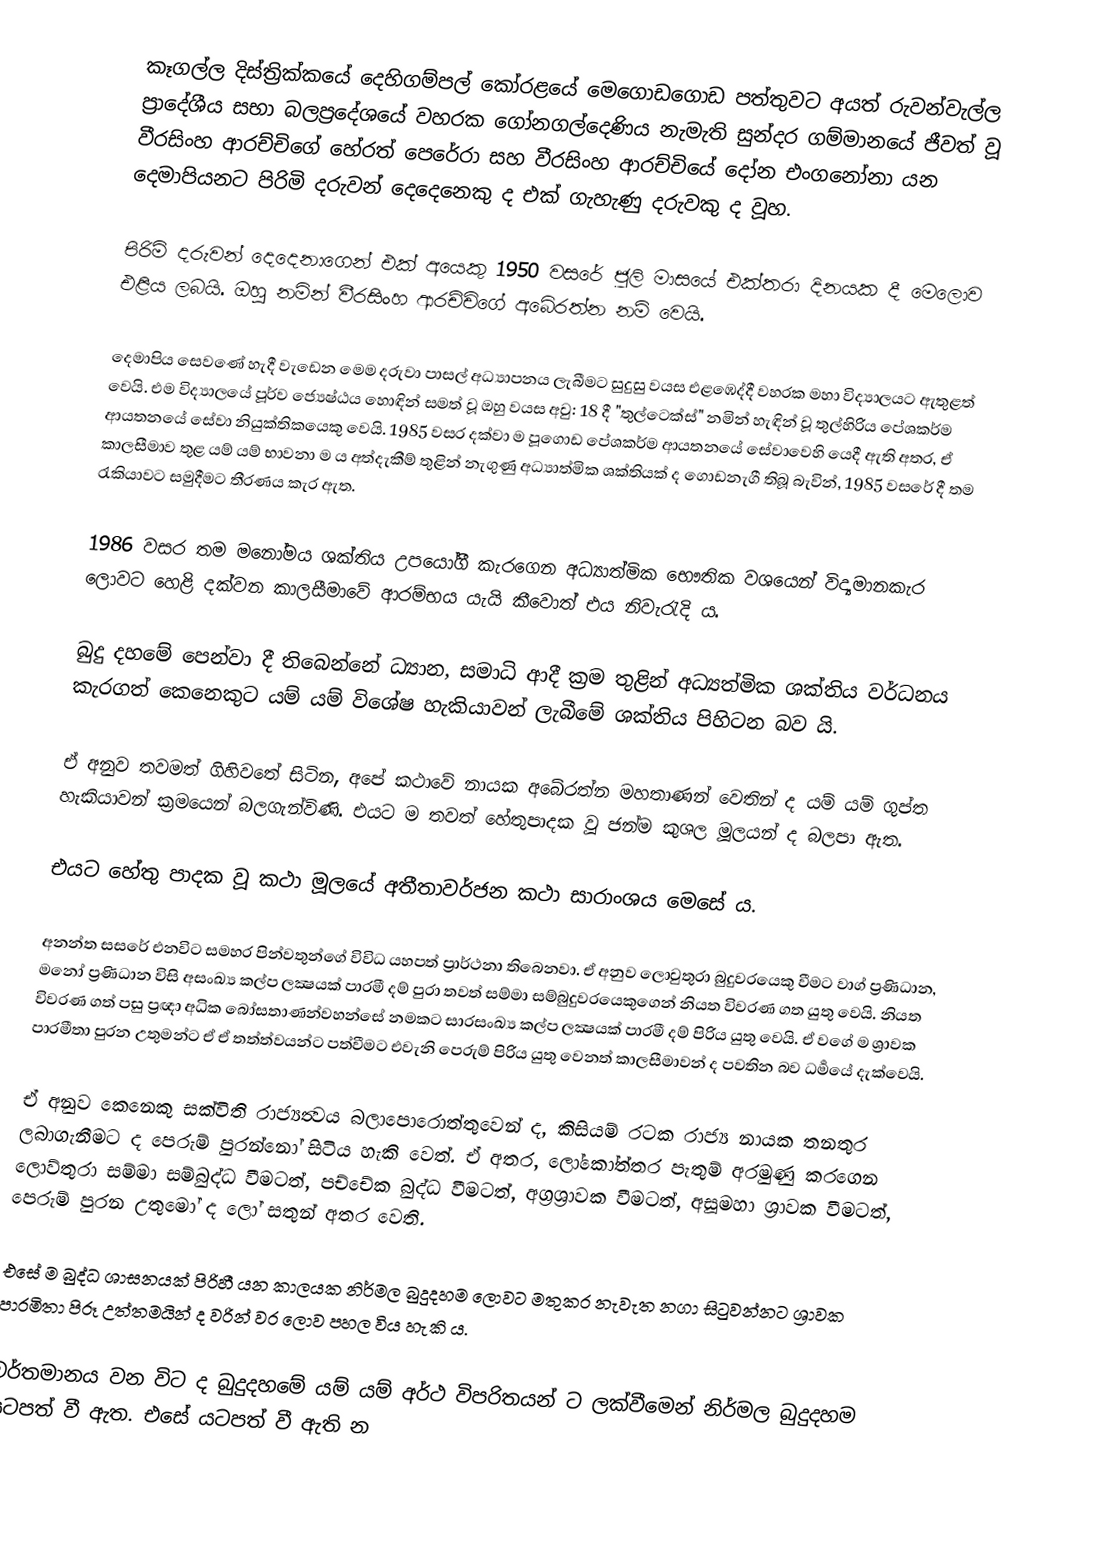
කෑගල්ල දිස්ත්‍රික්කයේ දෙහිගම්පල් කෝරළයේ මෙගොඩගොඩ පත්තුවට අයත් රුවන්වැල්ල ප්‍රාදේශීය සභා බලප්‍රදේශයේ වහරක ගෝනගල්දෙණිය නැමැති සුන්දර ගම්මානයේ ජීවත් වූ වීරසිංහ ආරච්චිගේ හේරත් පෙරේරා සහ වීරසිංහ ආරච්චියේ දෝන එංගනෝනා යන දෙමාපියනට පිරිමි දරුවන් දෙදෙනෙකු ද එක් ගැහැණු දරුවකු ද වූහ.

පිරිමි දරුවන් දෙදෙනාගෙන් එක් අයෙකු 1950 වසරේ ජූලි මාසයේ එක්තරා දිනයක දී මෙලොව එළිය ලබයි. ඔහු නමින් වීරසිංහ ආරච්චිගේ අබේරත්න නම් වෙයි.

දෙමාපිය සෙවණේ හැදී වැඩෙන මෙම දරුවා පාසල් අධ්‍යාපනය ලැබීමට සුදුසු වයස එළඹෙද්දී වහරක මහා විද්‍යාලයට ඇතුළත් වෙයි. එම විද්‍යාලයේ පූර්ව ජ්‍යෙෂ්ඨය හොඳින් සමත් වූ ඔහු වයස අවු: 18 දී "තුල්ටෙක්ස්" නමින් හැඳින් වූ තුල්හිරිය පේශකර්ම ආයතනයේ සේවා නියුක්තිකයෙකු වෙයි. 1985 වසර දක්වා ම පූගොඩ පේශකර්ම ආයතනයේ සේවාවෙහි යෙදී ඇති අතර, ඒ කාලසීමාව තුළ යම් යම් භාවනා ම ය අත්දැකීම් තුළින් නැගුණු අධ්‍යාත්මික ශක්තියක් ද ගොඩනැගී තිබූ බැවින්, 1985 වසරේ දී තම රැකියාවට සමුදීමට තීරණය කැර ඇත.

1986 වසර තම මනෝමය ශක්තිය උපයෝගී කැරගෙන අධ්‍යාත්මික භෞතික වශයෙන් විද්‍යමානකැර ලොවට හෙළි දක්වන කාලසීමාවේ ආරම්භය යැයි කීවොත් එය නිවැරැදි ය.

බුදු දහමේ පෙන්වා දී තිබෙන්නේ ධ්‍යාන, සමාධි ආදී ක්‍රම තුළින් අධ්‍යත්මික ශක්තිය වර්ධනය කැරගත් කෙනෙකුට යම් යම් විශේෂ හැකියාවන් ලැබීමේ ශක්තිය පිහිටන බව යි.

ඒ අනුව තවමත් ගිහිවතේ සිටින, අපේ කථාවේ නායක අබේරත්න මහතාණන් වෙතින් ද යම් යම් ගුප්ත හැකියාවන් ක්‍රමයෙන් බලගැන්විණි. එයට ම තවත් හේතුපාදක වූ ජන්ම කුශල මූලයන් ද බලපා ඇත.

එයට හේතු පාදක වූ කථා මූලයේ අතීතාවර්ජන කථා සාරාංශය මෙසේ ය.

අනන්ත සසරේ එනවිට සමහර පින්වතුන්ගේ විවිධ යහපත් ප්‍රාර්ථනා තිබෙනවා. ඒ අනුව ලොවුතුරා බුදුවරයෙකු වීමට වාග් ප්‍රණිධාන, මනෝ ප්‍රණිධාන විසි අසංඛ්‍ය කල්ප ලක්‍ෂයක් පාරමී දම් පුරා තවත් සම්මා සම්බුදුවරයෙකුගෙන් නියත විවරණ ගත යුතු වෙයි. නියත විවරණ ගත් පසු ප්‍රඥා අධික බෝසතාණන්වහන්සේ නමකට සාරසංඛ්‍ය කල්ප ලක්‍ෂයක් පාරමී දම් පිරිය යුතු වෙයි. ඒ වගේ ම ශ්‍රාවක පාරමීතා පුරන උතුමන්ට ඒ ඒ තත්ත්වයන්ට පත්වීමට එවැනි පෙරුම් පිරිය යුතු වෙනත් කාලසීමාවන් ද පවතින බව ධර්‍මයේ දැක්වෙයි.

ඒ අනුව කෙනෙකු සක්විති රාජ්‍යත්‍වය බලාපොරොත්තුවෙන් ද, කිසියම් රටක රාජ්‍ය නායක තනතුර ලබාගැනීමට ද පෙරුම් පුරන්නෝ සිටිය හැකි වෙත්. ඒ අතර, ලෝකෝත්තර පැතුම් අරමුණු කරගෙන ලොව්තුරා සම්මා සම්බුද්ධ වීමටත්, පච්චේක බුද්ධ වීමටත්, අග්‍රශ්‍රාවක වීමටත්, අසූමහා ශ්‍රාවක වීමටත්, පෙරුම් පුරන උතුමෝ ද ලෝ සතුන් අතර වෙති.

එසේ ම බුද්ධ ශාසනයක් පිරිහී යන කාලයක නිර්මල බුදුදහම ලොවට මතුකර නැවැත නගා සිටුවන්නට ශ්‍රාවක පාරමිතා පිරූ උත්තමයින් ද වරින් වර ලොව පහල විය හැකි ය.

වර්තමානය වන විට ද බුදුදහමේ යම් යම් අර්ථ විපරිතයන් ට ලක්වීමෙන් නිර්මල බුදුදහම යටපත් වී ඇත. එසේ යටපත් වී ඇති න